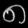
Digit: ၈